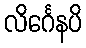
လိင်္ဂေနပိ